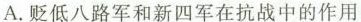
A.贬低八路军和新四军在抗战中的作用